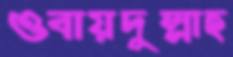
ওবায়দুল্লাহ